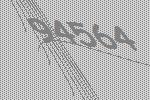
94564